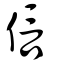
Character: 信